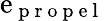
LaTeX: \mathrm{e}_{\mathrm{{~p~r~o~p~\mathrm{e}~l~}}}